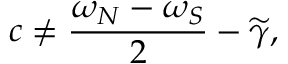
c \neq \frac { \omega _ { N } - \omega _ { S } } { 2 } - \widetilde { \gamma } ,